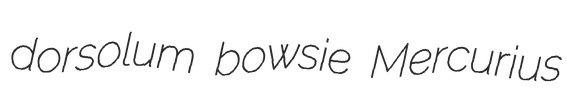
dorsolum bowsie Mercurius